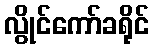
လွိုင်ကော်ခရိုင်